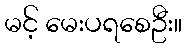
မင့် မေးပရစေဦး။